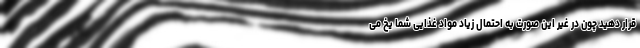
قرار دهید چون در غیر این صورت به احتمال زیاد مواد غذایی شما یخ می